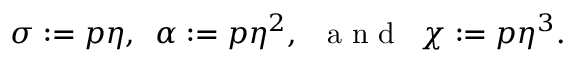
\sigma : = p \eta , \enspace \alpha : = p \eta ^ { 2 } , \enspace \mathrm { ~ a ~ n ~ d ~ } \enspace \chi : = p \eta ^ { 3 } .